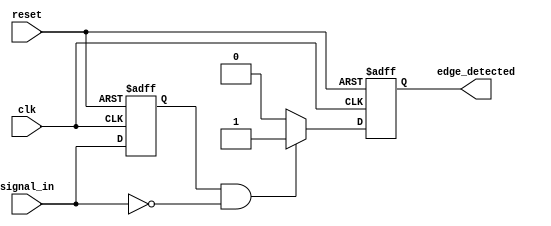
module negative_edge_detector (
    input wire clk,            // Clock input
    input wire reset,          // Asynchronous reset
    input wire signal_in,      // Input signal to detect negative edge
    output reg edge_detected    // Output signal indicating negative edge detection
);

    reg signal_in_prev;        // Register to hold the previous value of signal_in

    // On the rising edge of the clock or reset
    always @(posedge clk or posedge reset) begin
        if (reset) begin
            signal_in_prev <= 1'b0;  // Initialize previous signal state
            edge_detected <= 1'b0;    // Initialize edge detected output
        end else begin
            signal_in_prev <= signal_in; // Sample the current signal_in
            // Detect negative edge
            if (signal_in_prev && !signal_in) begin
                edge_detected <= 1'b1;  // Set edge_detected high on negative edge
            end else begin
                edge_detected <= 1'b0;   // Clear edge_detected otherwise
            end
        end
    end

endmodule